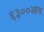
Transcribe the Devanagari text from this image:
६३००आय